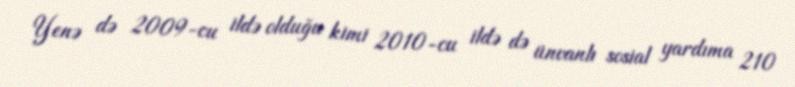
Yenə də 2009-cu ildə olduğu kimi 2010-cu ildə də ünvanlı sosial yardıma 210